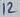
Text: 12